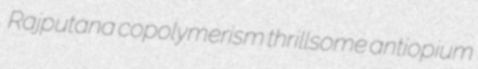
Rajputana copolymerism thrillsome antiopium